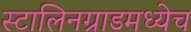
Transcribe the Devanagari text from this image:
स्टालिनग्राडमध्येच